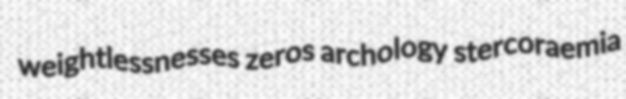
weightlessnesses zeros archology stercoraemia